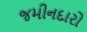
જમીનદારો